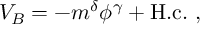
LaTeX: V _ { B } = - m ^ { \delta } \phi ^ { \gamma } + \mathrm { H . c . } \ ,